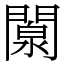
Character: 闎